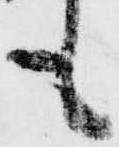
も